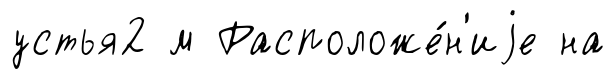
устья2 м Расположе́н'иjе на